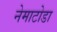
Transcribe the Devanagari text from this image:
नेमाटोडा